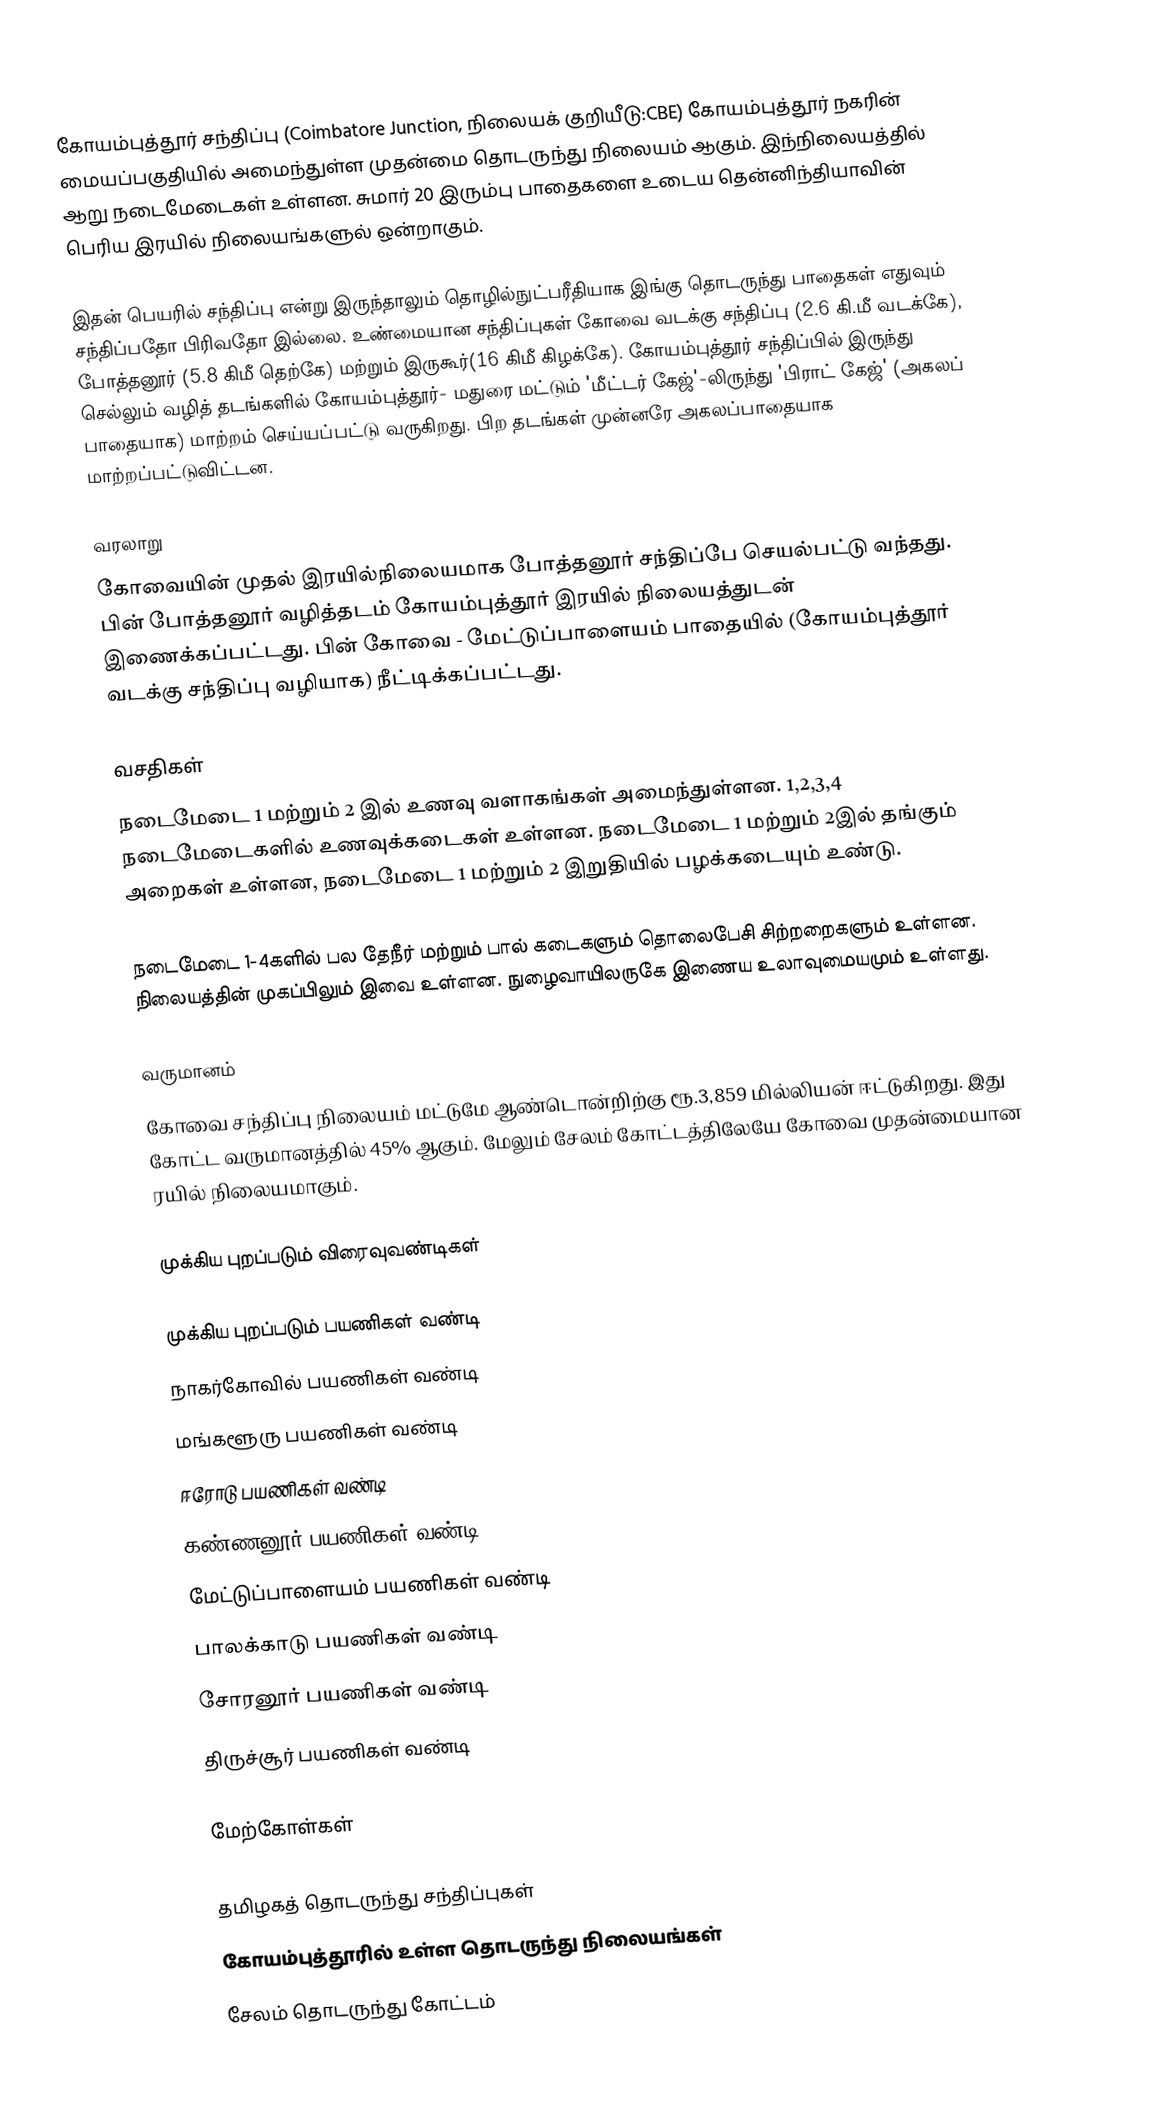
கோயம்புத்தூர் சந்திப்பு (Coimbatore Junction, நிலையக் குறியீடு:CBE) கோயம்புத்தூர் நகரின் மையப்பகுதியில் அமைந்துள்ள முதன்மை தொடருந்து நிலையம் ஆகும். இந்நிலையத்தில் ஆறு நடைமேடைகள் உள்ளன. சுமார் 20 இரும்பு பாதைகளை உடைய தென்னிந்தியாவின் பெரிய இரயில் நிலையங்களுல் ஒன்றாகும்.

இதன் பெயரில் சந்திப்பு என்று இருந்தாலும் தொழில்நுட்பரீதியாக இங்கு தொடருந்து பாதைகள் எதுவும் சந்திப்பதோ பிரிவதோ இல்லை. உண்மையான சந்திப்புகள் கோவை வடக்கு சந்திப்பு (2.6 கி.மீ வடக்கே), போத்தனூர் (5.8 கிமீ தெற்கே) மற்றும் இருகூர்(16 கிமீ கிழக்கே). கோயம்புத்தூர் சந்திப்பில் இருந்து செல்லும் வழித் தடங்களில் கோயம்புத்தூர்- மதுரை மட்டும் 'மீட்டர் கேஜ்'-லிருந்து 'பிராட் கேஜ்' (அகலப் பாதையாக) மாற்றம் செய்யப்பட்டு வருகிறது. பிற தடங்கள் முன்னரே அகலப்பாதையாக மாற்றப்பட்டுவிட்டன.

வரலாறு
கோவையின் முதல் இரயில்நிலையமாக போத்தனூர் சந்திப்பே செயல்பட்டு வந்தது. பின் போத்தனூர் வழித்தடம் கோயம்புத்தூர் இரயில் நிலையத்துடன்  இணைக்கப்பட்டது. பின் கோவை - மேட்டுப்பாளையம் பாதையில் (கோயம்புத்தூர் வடக்கு சந்திப்பு வழியாக) நீட்டிக்கப்பட்டது.

வசதிகள்
நடைமேடை 1 மற்றும் 2 இல் உணவு வளாகங்கள் அமைந்துள்ளன. 1,2,3,4 நடைமேடைகளில் உணவுக்கடைகள் உள்ளன. நடைமேடை 1 மற்றும் 2இல் தங்கும் அறைகள் உள்ளன, நடைமேடை 1 மற்றும் 2 இறுதியில் பழக்கடையும் உண்டு.

நடைமேடை 1-4களில் பல தேநீர் மற்றும் பால் கடைகளும் தொலைபேசி சிற்றறைகளும் உள்ளன. நிலையத்தின் முகப்பிலும் இவை உள்ளன. நுழைவாயிலருகே இணைய உலாவுமையமும் உள்ளது.

வருமானம்
கோவை சந்திப்பு நிலையம் மட்டுமே ஆண்டொன்றிற்கு ரூ.3,859 மில்லியன் ஈட்டுகிறது. இது கோட்ட வருமானத்தில் 45% ஆகும். மேலும் சேலம் கோட்டத்திலேயே கோவை முதன்மையான ரயில் நிலையமாகும்.

முக்கிய புறப்படும் விரைவுவண்டிகள்

முக்கிய புறப்படும் பயணிகள் வண்டி
 நாகர்கோவில் பயணிகள் வண்டி
 மங்களூரு பயணிகள் வண்டி
 ஈரோடு பயணிகள் வண்டி
 கண்ணனூர் பயணிகள் வண்டி
 மேட்டுப்பாளையம் பயணிகள் வண்டி
 பாலக்காடு பயணிகள் வண்டி
 சோரனூர் பயணிகள் வண்டி
 திருச்சூர் பயணிகள் வண்டி

மேற்கோள்கள்

தமிழகத் தொடருந்து சந்திப்புகள்
கோயம்புத்தூரில் உள்ள தொடருந்து நிலையங்கள்
சேலம் தொடருந்து கோட்டம்